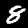
Digit: 8